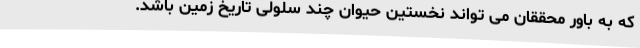
که به باور محققان می تواند نخستین حیوان چند سلولی تاریخ زمین باشد.